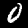
Digit: 0